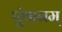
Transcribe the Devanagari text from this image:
पुंथानम्